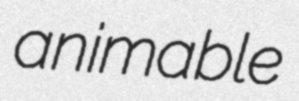
animable